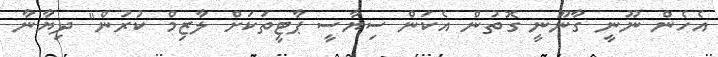
އެހެން ނޫނީ ގާނޫނީ ގޮތުން އެކަން ސިޔާސީ ޕާޓީތަކަށް ލާޒިމް ކުރުން" ދިޔާނާ